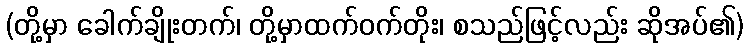
(တို့မှာ ခေါက်ချိုးတက်၊ တို့မှာထက်ဝက်တိုး၊ စသည်ဖြင့်လည်း ဆိုအပ်၏)